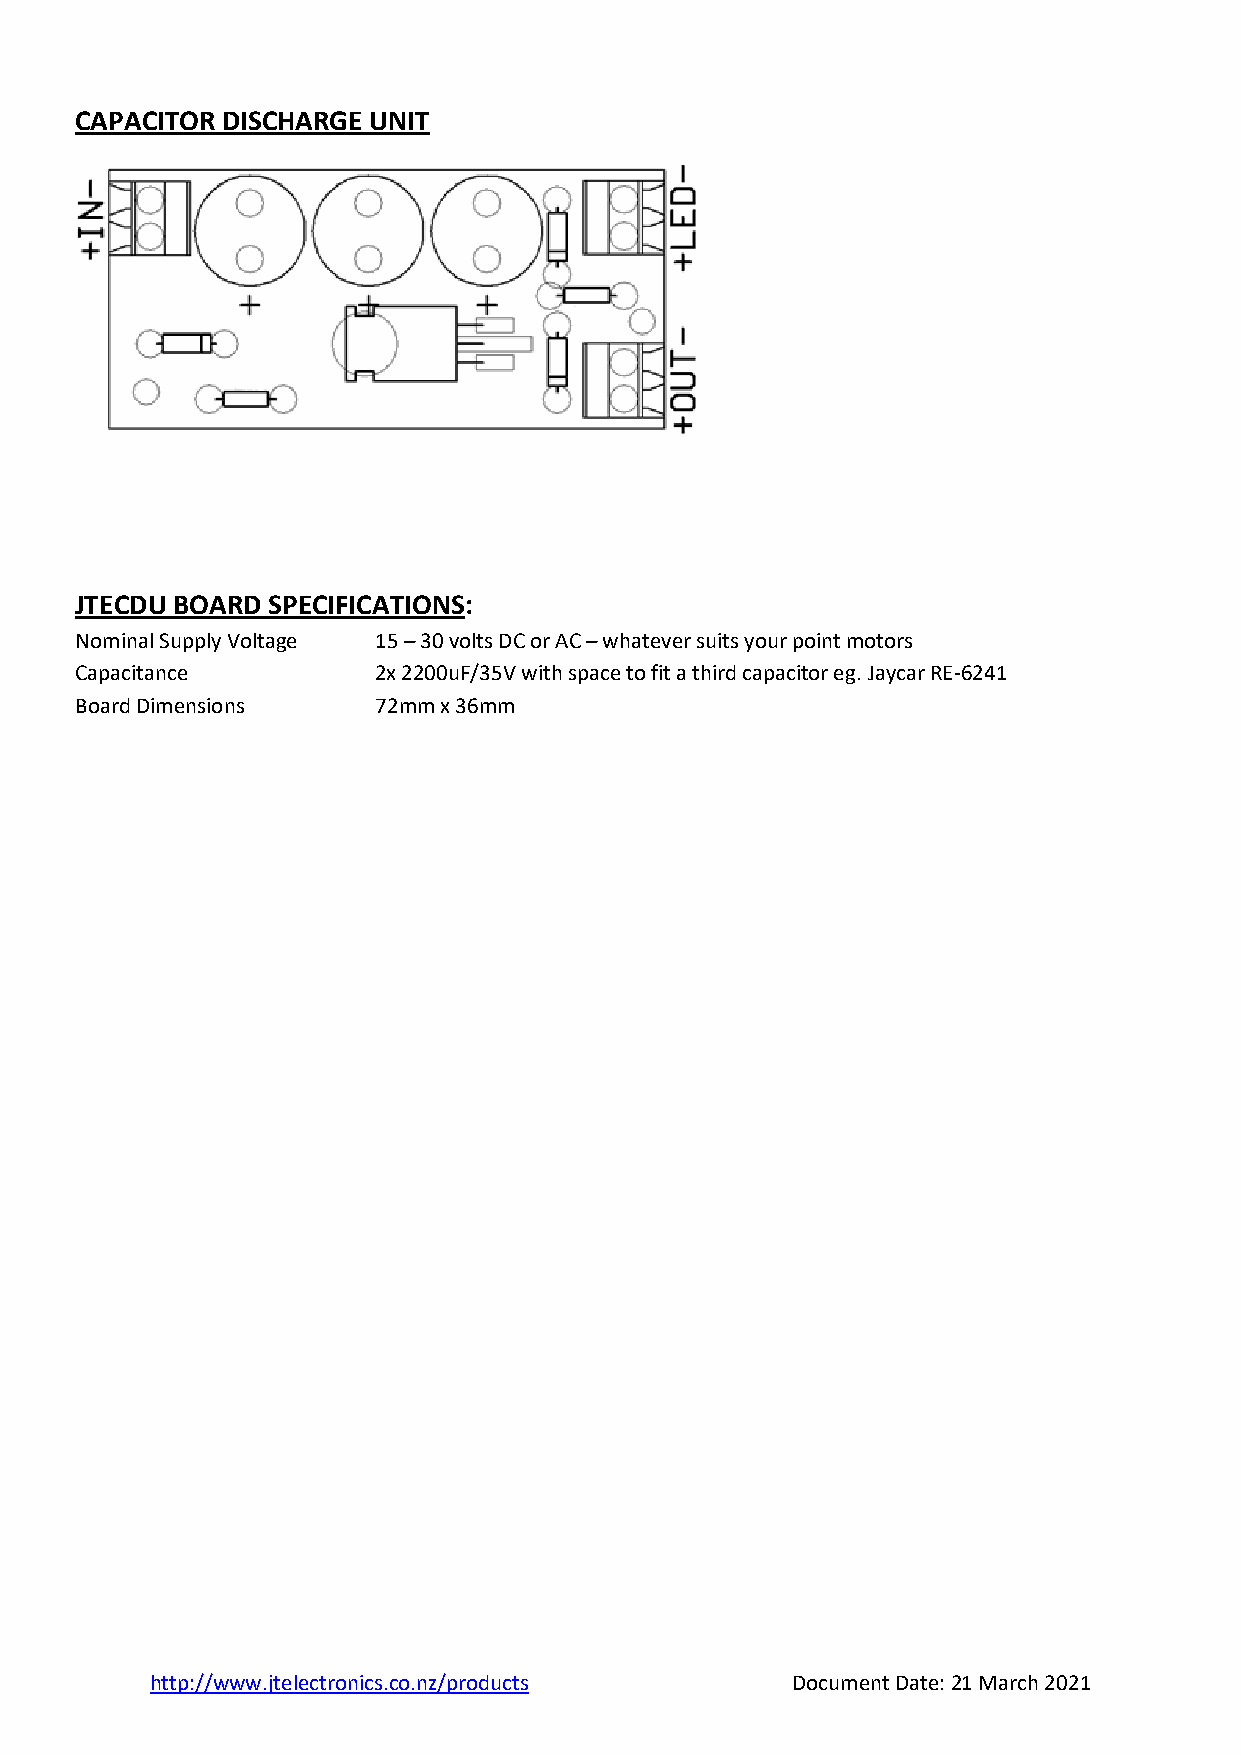
CAPACITOR DISCHARGE UNIT
 JTECDU BOARD SPECIFICATIONS:
 Nominal Supply Voltage 15 – 30 volts DC or AC – whatever suits your point motors
 Capacitance         2x 2200uF/35V with space to fit a third capacitor eg. Jaycar RE-6241
 Board Dimensions    72mm x 36mm
 http://www.jtelectronics.co.nz/products   Document Date: 21 March 2021